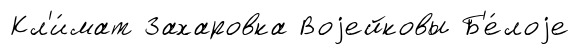
Кл'и́мат Захаровка Воjейковы Б'е́лоjе